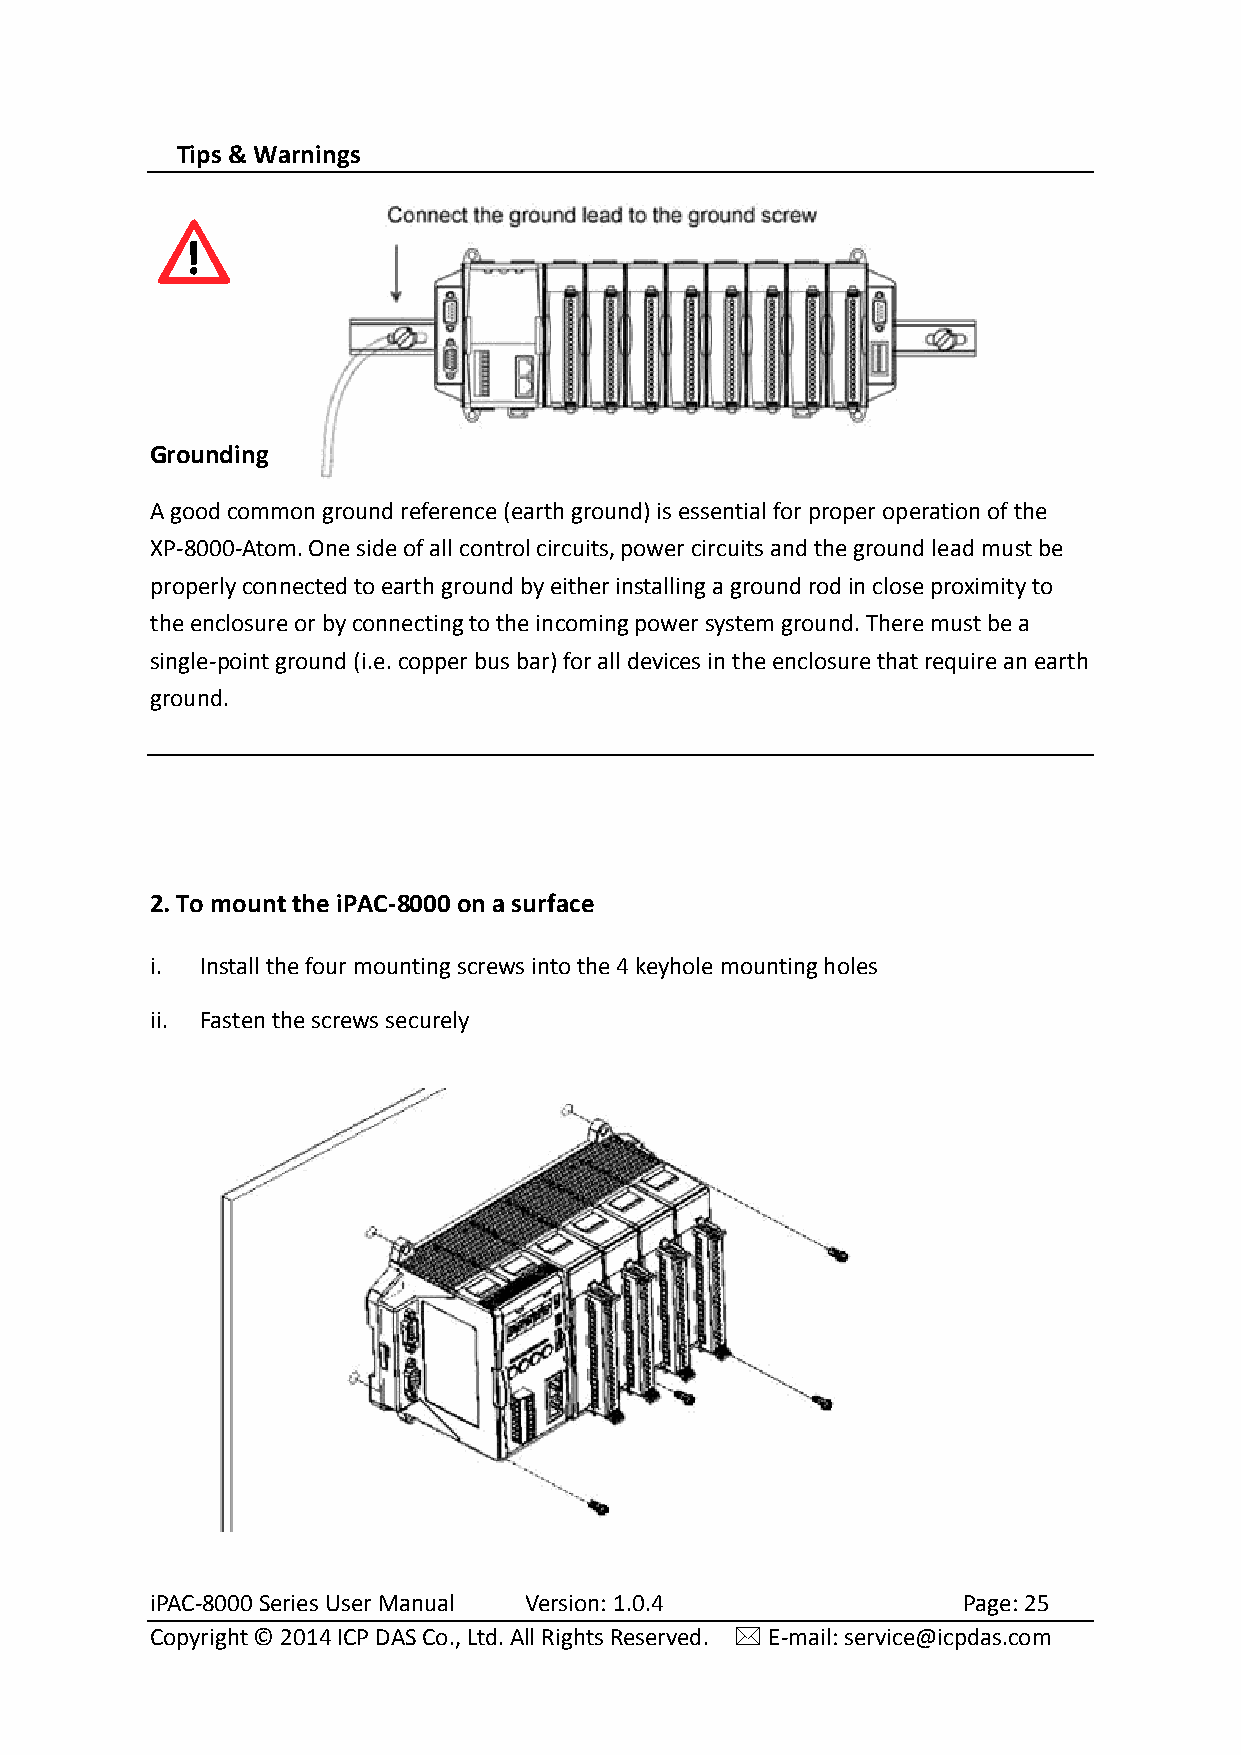
Tips & Warnings
 Grounding
 A good common ground reference (earth ground) is essential for proper operation of the
 XP-8000-Atom. One side of all control circuits, power circuits and the ground lead must be
 properly connected to earth ground by either installing a ground rod in close proximity to
 the enclosure or by connecting to the incoming power system ground. There must be a
 single-point ground (i.e. copper bus bar) for all devices in the enclosure that require an earth
 ground.
 2. To mount the iPAC-8000 on a surface
 i. Install the four mounting screws into the 4 keyhole mounting holes
 ii. Fasten the screws securely
 iPAC-8000 Series User Manual Version: 1.0.4           Page: 25
 Copyright © 2014 ICP DAS Co., Ltd. All Rights Reserved.  E-mail: service@icpdas.com